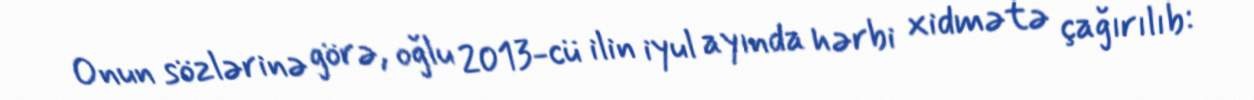
Onun sözlərinə görə, oğlu 2013-cü ilin iyul ayında hərbi xidmətə çağırılıb: